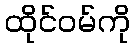
ထိုင်ဝမ်ကို